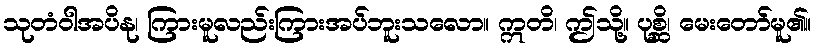
သုတံဝါအပိနု၊ ကြားမူလည်းကြားအပ်ဘူးသလော။ ဣတိ၊ ဤသို့။ ပုစ္ဆိ၊ မေးတော်မူ၏။